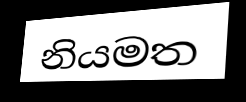
නියමත